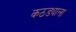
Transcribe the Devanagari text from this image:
कठड्याला